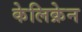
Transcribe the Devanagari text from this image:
केलिक्रेन